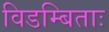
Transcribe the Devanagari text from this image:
विडम्बिताः